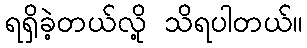
ရရှိခဲ့တယ်လို့ သိရပါတယ်။